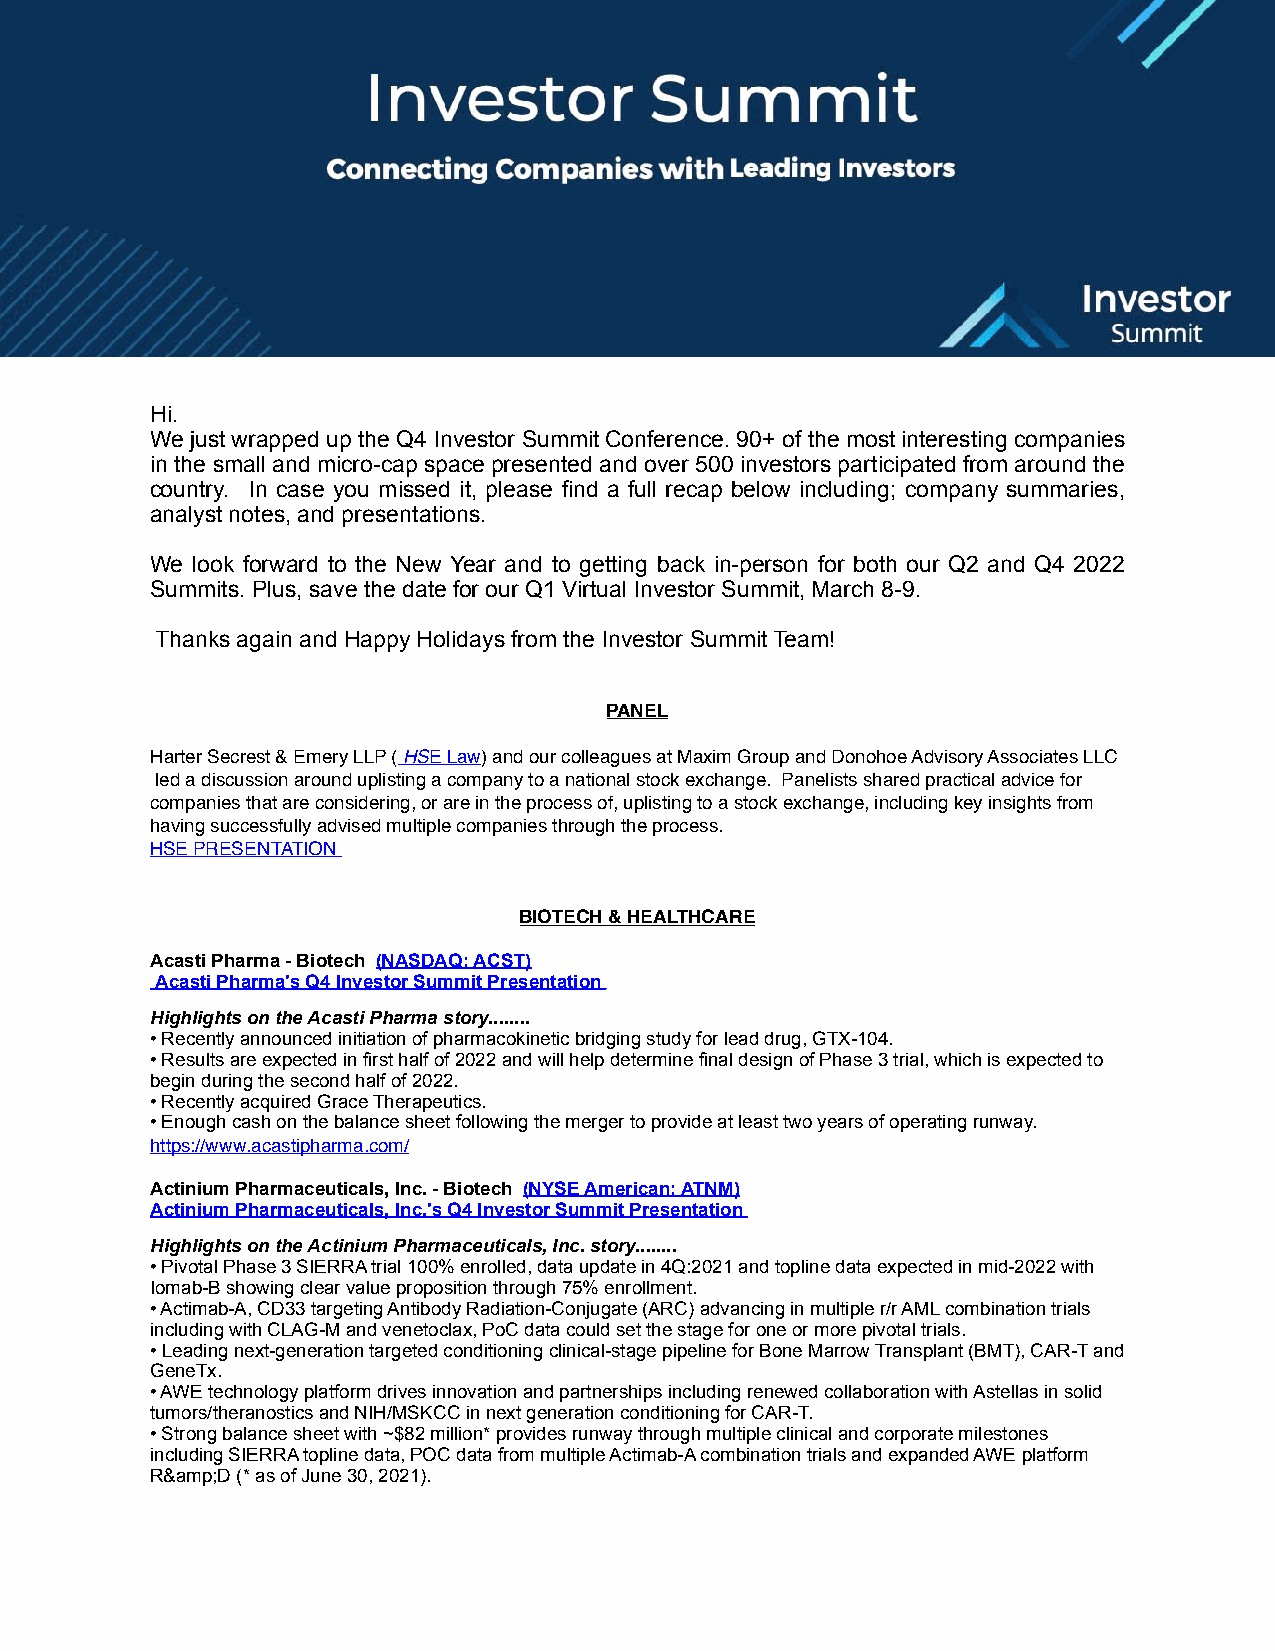
Hi.
 We just wrapped up the Q4 Investor Summit Conference. 90+ of the most interesting companies
 in the small and micro-cap space presented and over 500 investors participated from around the
 country. In case you missed it, please find a full recap below including; company summaries,
 analyst notes, and presentations.
 We look forward to the New Year and to getting back in-person for both our Q2 and Q4 2022
 Summits. Plus, save the date for our Q1 Virtual Investor Summit, March 8-9.
 Thanks again and Happy Holidays from the Investor Summit Team!
 PANEL
 Harter Secrest & Emery LLP ( HSE Law) and our colleagues at Maxim Group and Donohoe Advisory Associates LLC
 led a discussion around uplisting a company to a national stock exchange. Panelists shared practical advice for
 companies that are considering, or are in the process of, uplisting to a stock exchange, including key insights from
 having successfully advised multiple companies through the process.
 HSE PRESENTATION
 BIOTECH & HEALTHCARE
 Acasti Pharma - Biotech (NASDAQ: ACST)
 Acasti Pharma's Q4 Investor Summit Presentation
 Highlights on the Acasti Pharma story........
 • Recently announced initiation of pharmacokinetic bridging study for lead drug, GTX-104.
 • Results are expected in first half of 2022 and will help determine final design of Phase 3 trial, which is expected to
 begin during the second half of 2022.
 • Recently acquired Grace Therapeutics.
 • Enough cash on the balance sheet following the merger to provide at least two years of operating runway.
 https://www.acastipharma.com/
 Actinium Pharmaceuticals, Inc. - Biotech (NYSE American: ATNM)
 Actinium Pharmaceuticals, Inc.'s Q4 Investor Summit Presentation
 Highlights on the Actinium Pharmaceuticals, Inc. story........
 • Pivotal Phase 3 SIERRA trial 100% enrolled, data update in 4Q:2021 and topline data expected in mid-2022 with
 Iomab-B showing clear value proposition through 75% enrollment.
 • Actimab-A, CD33 targeting Antibody Radiation-Conjugate (ARC) advancing in multiple r/r AML combination trials
 including with CLAG-M and venetoclax, PoC data could set the stage for one or more pivotal trials.
 • Leading next-generation targeted conditioning clinical-stage pipeline for Bone Marrow Transplant (BMT), CAR-T and
 GeneTx.
 • AWE technology platform drives innovation and partnerships including renewed collaboration with Astellas in solid
 tumors/theranostics and NIH/MSKCC in next generation conditioning for CAR-T.
 • Strong balance sheet with ~$82 million* provides runway through multiple clinical and corporate milestones
 including SIERRA topline data, POC data from multiple Actimab-A combination trials and expanded AWE platform
 R&amp;D (* as of June 30, 2021).